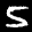
Label: 5